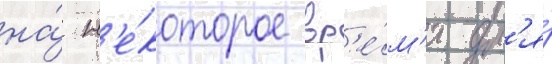
на́ н'е́которое вр'е́м'я дл'я́